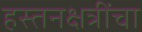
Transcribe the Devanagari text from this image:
हस्तनक्षत्रींचा